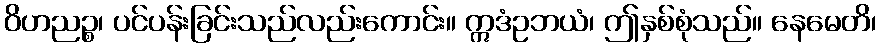
ဝိဟညဉ္စ၊ ပင်ပန်းခြင်းသည်လည်းကောင်း။ ဣဒံဥဘယံ၊ ဤနှစ်စုံသည်။ နေမေတိ၊